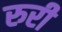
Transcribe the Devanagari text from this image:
रुरी